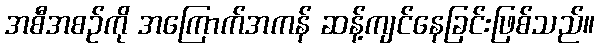
အစီအစဉ်ကို အကြောက်အကန် ဆန့်ကျင်နေခြင်းဖြစ်သည်။